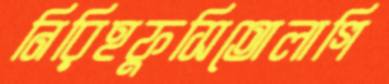
নিরিহফুসিতোলাগি